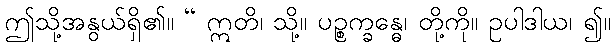
ဤသို့အနွယ်ရှိ၏။ “ ဣတိ၊ သို့။ ပဉ္စက္ခန္ဓေ၊ တို့ကို။ ဥပါဒါယ၊ ၍။